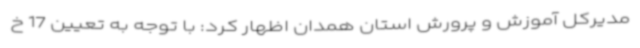
مدیرکل آموزش و پرورش استان همدان اظهار کرد: با توجه به تعیین 17 خ